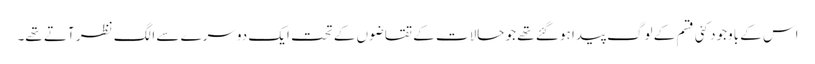
اس کے باوجود کئی قسم کے لوگ پیدا ہو گئے تھے جو حالات کے تقاضوں کے تحت ایک دوسرے سے الگ نظر آتے تھے۔